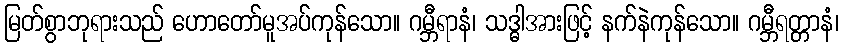
မြတ်စွာဘုရားသည် ဟောတော်မူအပ်ကုန်သော။ ဂမ္ဘီရာနံ၊ သဒ္ဓါအားဖြင့် နက်နဲကုန်သော။ ဂမ္ဘီရတ္တာနံ၊